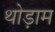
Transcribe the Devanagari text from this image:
थोड़ाम